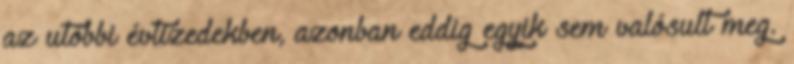
az utóbbi évtizedekben, azonban eddig egyik sem valósult meg.